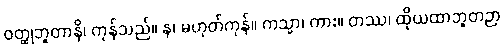
ဝတ္ထုဘူတာနိ၊ ကုန်သည်။ န၊ မဟုတ်ကုန်။ ကသ္မာ၊ ကား။ တဿ၊ ထိုယထာဘူတဉာ